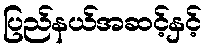
ပြည်နယ်အဆင့်နှင့်